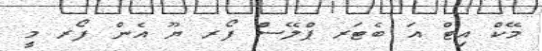
މޭކް އިޓް އަ ބެޓަރ ޕްލޭސް ފޯރ ޔޫ އެން ފޯރ މީ